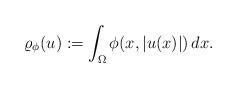
LaTeX: \begin{align*} \varrho_\phi(u) &:= \int_\Omega \phi(x, |u(x)|)\,dx. \end{align*}